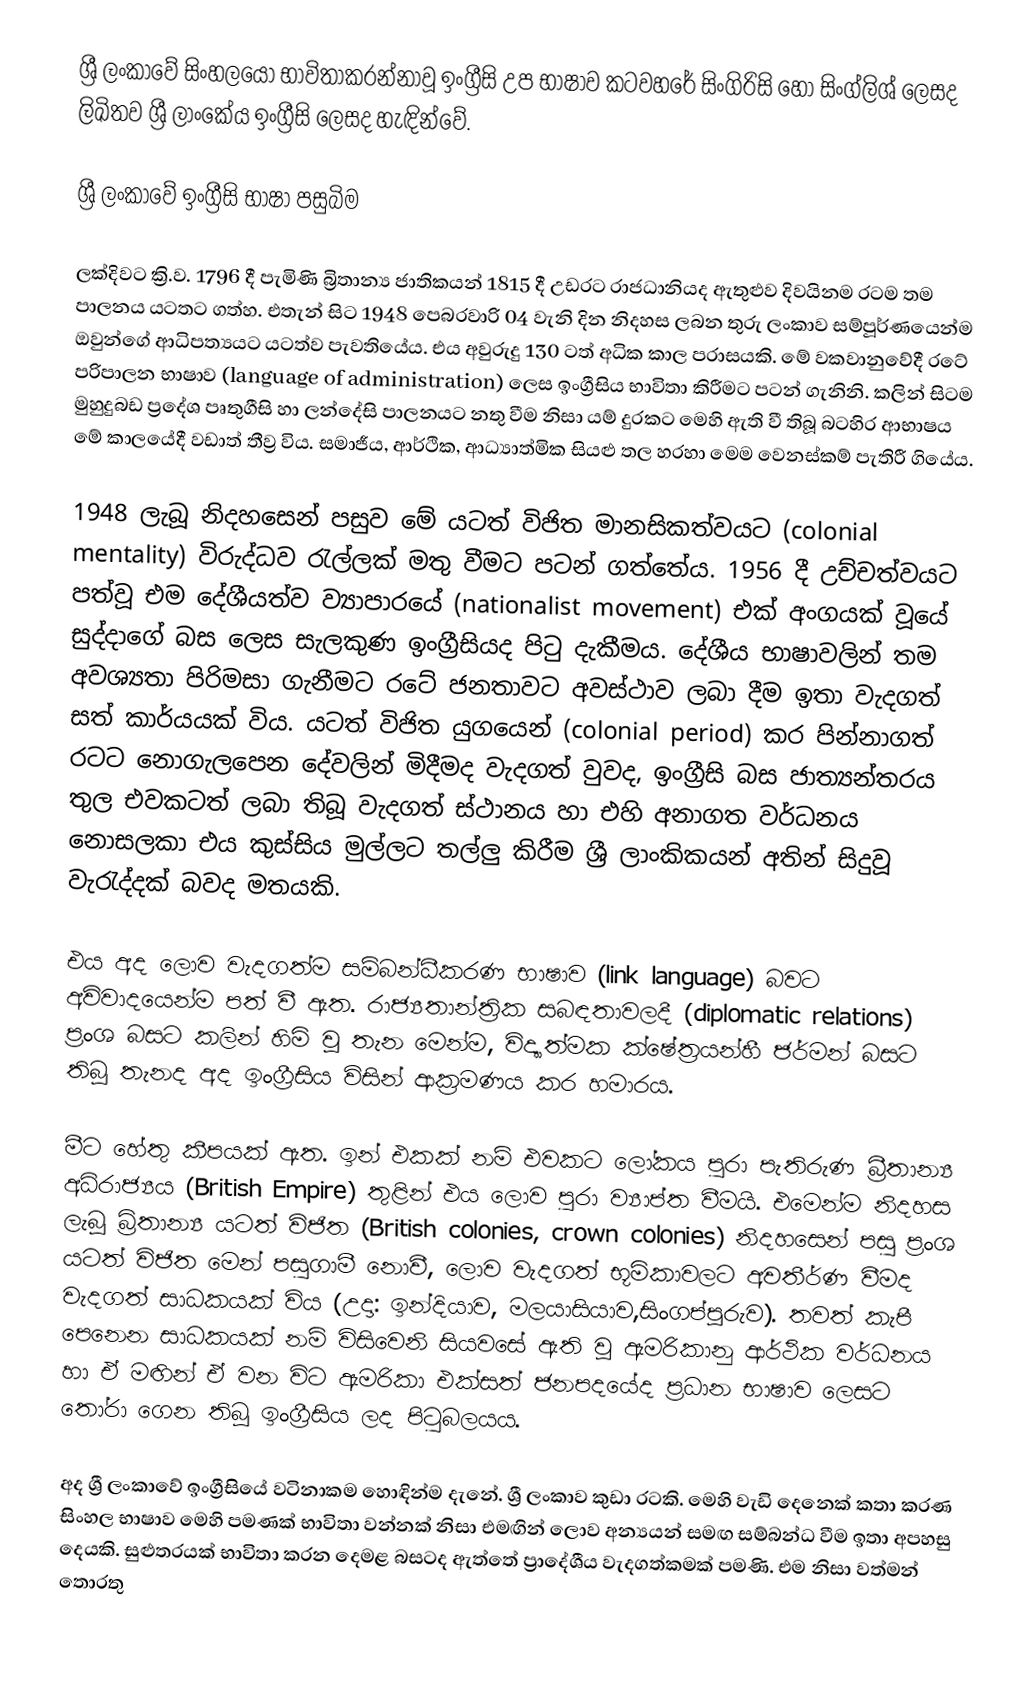
ශ්‍රී ලංකාවේ සිංහලයෝ භාවිතාකරන්නාවූ ඉංග්‍රීසි උප භාෂාව කටවහරේ සිංගිරිසි හෝ සිංග්ලිශ් ලෙසද ලිඛිතව ශ්‍රී ලාංකේය ඉංග්‍රීසි  ලෙසද හැඳින්වේ.

ශ්‍රී ලංකාවේ ඉංග්‍රීසි භාෂා පසුබිම

ලක්දිවට ක්‍රි.ව. 1796 දී පැමිණි බ්‍රිතාන්‍ය ජාතිකයන් 1815 දී උඩරට රාජධානියද ඇතුළුව දිවයිනම රටම තම පාලනය යටතට ගත්හ. එතැන් සිට 1948 පෙබරවාරි 04 වැනි දින නිදහස ලබන තුරු ලංකාව සම්පූර්ණයෙන්ම ඔවුන්ගේ ආධිපත්‍යයට යටත්ව පැවතියේය. එය අවුරුදු 130 ටත් අධික කාල පරාසයකි. මේ වකවානුවේදී රටේ පරිපාලන භාෂාව (language of administration) ලෙස ඉංග්‍රීසිය භාවිතා කිරීමට පටන් ගැනිනි. කලින් සිටම මුහුදුබඩ ප්‍රදේශ පෘතුගීසි හා ලන්දේසි පාලනයට නතු වීම නිසා යම් දුරකට මෙහි ඇති වී තිබූ බටහිර ආභාෂය මේ කාලයේදී වඩාත් තීව්‍ර විය. සමාජීය, ආර්ථික, ආධ්‍යාත්මික සියළු තල හරහා මෙම වෙනස්කම් පැතිරී ගියේය.

1948 ලැබූ නිදහසෙන් පසුව මේ ‍යටත් විජිත මානසිකත්වයට (colonial mentality) විරුද්ධව රැල්ලක් මතු වීමට පටන් ගත්තේය. 1956 දී උච්චත්වයට පත්වූ එම දේශීයත්ව ව්‍යාපාරයේ (nationalist movement) එක් අංගයක් වූයේ සුද්දාගේ බස ලෙස සැලකුණ ඉංග්‍රීසියද පිටු දැකීමය. දේශීය භාෂාවලින් තම අවශ්‍යතා පිරිමසා ගැනීමට රටේ ජනතාවට අවස්ථාව ලබා දීම ඉතා වැදගත් සත් කාර්යයක් විය. යටත් විජිත යුගයෙන් (colonial period) කර පින්නාගත් රටට නොගැලපෙන දේවලින් මිදීමද වැදගත් වුවද, ඉංග්‍රීසි බස ජාත්‍යන්තරය තුල එවකටත් ලබා තිබූ වැදගත් ස්ථානය හා එහි අනාගත වර්ධනය නොසලකා එය කුස්සිය මුල්ලට තල්ලු කිරීම ශ්‍රී ලාංකිකයන් අතින් සිදුවූ වැරැද්දක් බවද මතයකි.

එය අද ලොව වැදගත්ම සම්බන්ධීකරණ භාෂාව (link language) බවට අවිවාදයෙන්ම පත් වී ඇත. රාජ්‍යතාන්ත්‍රික සබඳතාවලදී (diplomatic relations) ප්‍රංශ බසට කලින් හිමි වූ තැන මෙන්ම, විද්‍යාත්මක ක්ෂේත්‍රයන්හී ජර්මන් බසට තිබූ තැනද අද ඉංග්‍රීසිය විසින් ආක්‍රමණය කර හමාරය.

මීට හේතු කීපයක් ඇත. ඉන් එකක් නම් එවකට ලෝක‍ය පුරා පැතිරුණ බ්‍රීතාන්‍ය අධිරාජ්‍යය (British Empire) තුළින් එය ලොව පුරා ව්‍යාප්ත වීමයි. එමෙන්ම නිදහස ලැබූ බ්‍රිතාන්‍ය යටත් විජිත (British colonies, crown colonies) නිදහසෙන් පසු ප්‍රංශ යටත් විජිත මෙන් පසුගාමී නොවී, ලොව වැදගත් භූමිකාවලට අවතීර්ණ වීමද වැදගත් සාධකයක් විය (උදා: ඉන්දියාව, මලයාසියාව,සිංගප්පූරුව). තවත් කැපී පෙනෙන සාධකයක් නම් විසිවෙනි සියවසේ ඇති වූ ඇමරිකානු ආර්ථික වර්ධනය හා ඒ මඟින් ඒ වන විට ‍ඇමරිකා එක්සත් ජනපදයේද ප්‍රධාන භාෂාව ලෙසට තෝරා ගෙන තිබූ ඉංග්‍රීසිය ලද පිටුබලයය.

අද ශ්‍රී ලංකාවේ ඉංග්‍රීසියේ වටිනාකම හොඳින්ම දැනේ. ශ්‍රී ලංකාව කුඩා රටකි. මෙහි වැඩි දෙනෙක් කතා කරණ සිංහල භාෂාව මෙහි පමණක් භාවිතා වන්නක් නිසා එමඟින් ලොව අන්‍යයන් සමඟ සම්බන්ධ වීම ඉතා අපහසු දෙයකි. සුළුතරයක් භාවිතා කරන දෙමළ බසටද ඇත්තේ ප්‍රාදේශීය වැදගත්කමක් පමණි. එම නිසා වත්මන් තොරතු